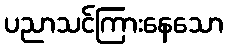
ပညာသင်ကြားနေသော